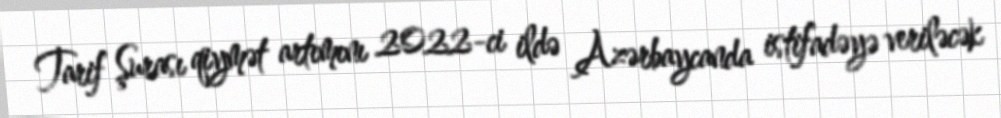
Tarif Şurası qiymət artımını 2022-ci ildə Azərbaycanda istifadəyə veriləcək